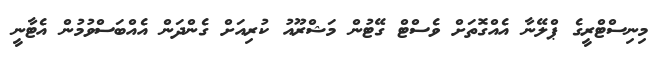
މިނިސްޓްރީގެ ޕްލޭނާ އެއްގޮތަށް ވެސްޓް ގޭޓުން މަޝްރޫއު ކުރިއަށް ގެންދަން އެއްބަސްވުމުން އެޓާނީ